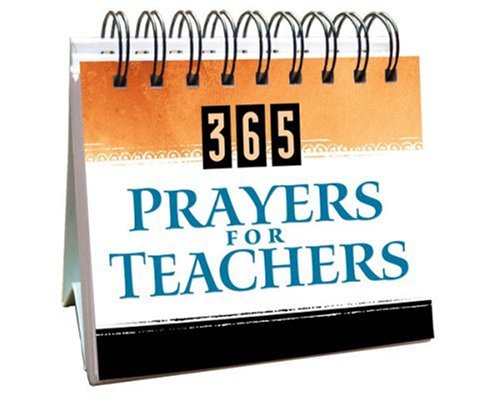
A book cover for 365 Prayers For Teachers (365 Perpetual Calendars); Barbour Publishing; Calendars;